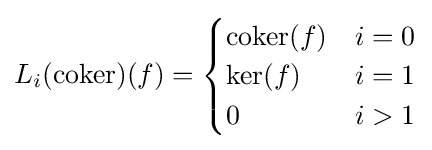
L_{i}(\operatorname {coker} )(f)={\begin{cases}\operatorname {coker} (f)&i=0\\\ker(f)&i=1\\0&i>1\end{cases}}